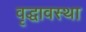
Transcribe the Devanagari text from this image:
वृद्धावस्‍था